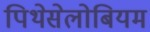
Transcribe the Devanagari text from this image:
पिथेसेलोबियम